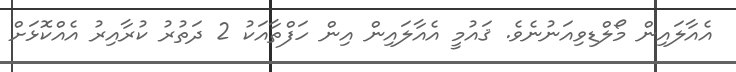
އެއާލައިން މޯލްޑިވިއަނުނެވެ. ޤައުމީ އެއާލައިން އިން ހަފްތާއަކު 2 ދަތުރު ކުރާއިރު އެއްކޮޅަށް